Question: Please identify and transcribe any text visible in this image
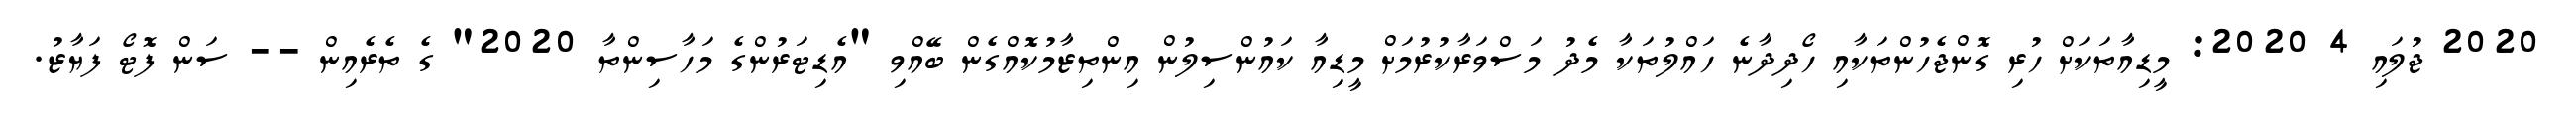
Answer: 2020 ޖުލައި 4 2020: މީޑިއާތަކަށް ހުރި ގޮންޖެހުންތަކާއި ހޯދިދާނެ ހައްލުތަކާ މެދު މަސްވަރާކުރުމަށް މީޑިއާ ކައުންސިލުން އިންތިޒާމުކޮއްގެން ބޭއްވި "އެޑިޓަރުންގެ މަހާސިންތާ 2020" ގެ ތެރެއިން -- ސަން ފޮޓޯ ފަޔާޒު.